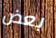
بعض